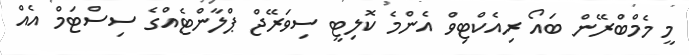
މީ މެމްބްރޭން ބައޯ ރިއެކްޓިވް އެންމެ ކޮލިޓީ ސިވަރޭޖް ޕްލާންޓެއްގެ ސިސްޓަމް އެއް